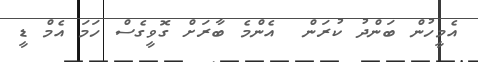
އެމީހުން ބަންދު ކުރަން  އެންމެ ބާރަށް ގޮވީގެސް ހަމަ އެމް ޑީ